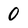
Character: 0